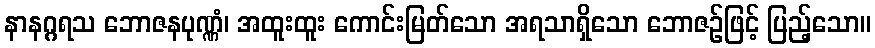
နာနဂ္ဂရသ ဘောဇနပုဏ္ဏံ၊ အထူးထူး ကောင်းမြတ်သော အရသာရှိသော ဘောဇဉ်ဖြင့် ပြည့်သော။